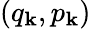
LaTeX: (q_{\mathbf{k}},p_{\mathbf{k}})